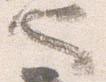
也